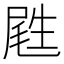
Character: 𡲥